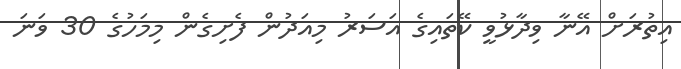
އިތުރަށް އޭނާ ވިދާޅުވީ ކޭތައިގެ އަސަރު މިއަދުން ފެށިގެން މިމަހުގެ 30 ވަނަ